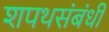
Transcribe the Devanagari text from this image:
शपथसंबंधी